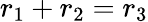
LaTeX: r_{1}+r_{2}=r_{3}